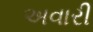
અવારી